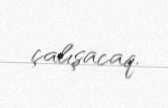
çalışacaq.